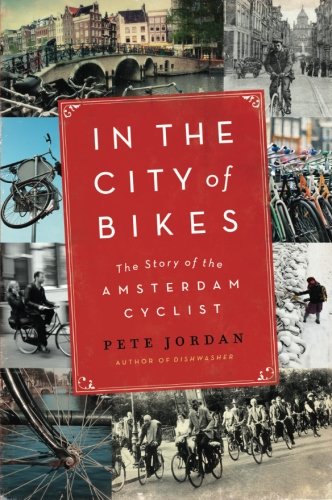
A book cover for In the City of Bikes: The Story of the Amsterdam Cyclist; Pete Jordan; Travel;